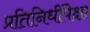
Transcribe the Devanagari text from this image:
प्रतिनिधींपेक्षा